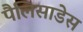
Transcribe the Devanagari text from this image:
पैलिसाडेस